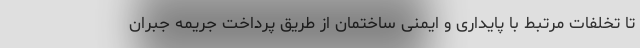
تا تخلفات مرتبط با پایداری و ایمنی ساختمان از طریق پرداخت جریمه جبران